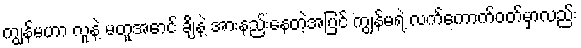
ကျွန်မဟာ လူနဲ့ မတူအောင် ချိနဲ့ အားနည်းနေတဲ့အပြင် ကျွန်မရဲ့ လက်ကောက်ဝတ်မှာလည်း